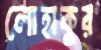
লোহাকুর